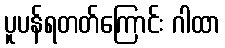
ပူပန်ရတတ်ကြောင်း ဂါထာ